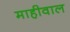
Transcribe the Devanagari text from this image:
माहीवाल